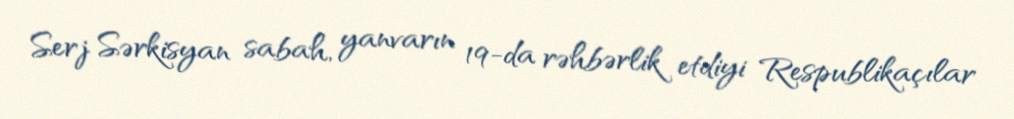
Serj Sərkisyan sabah, yanvarın 19-da rəhbərlik etdiyi Respublikaçılar